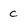
Character: c